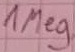
Text: 1Meg.